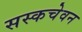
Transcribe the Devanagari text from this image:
सस्कचेवन